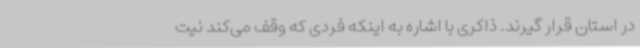
در استان قرار گیرند. ذاکری با اشاره به اینکه فردی که وقف می‌کند نیت